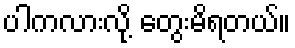
ပါကလားလို့ တွေးမိရတယ်။